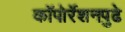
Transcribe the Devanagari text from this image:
कॉपोर्रेशनपुढे